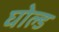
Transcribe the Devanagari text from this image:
घोल्ड